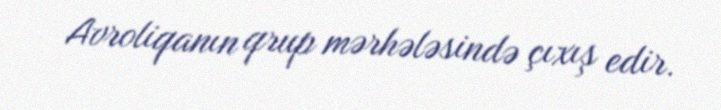
Avroliqanın qrup mərhələsində çıxış edir.